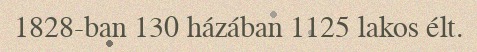
1828-ban 130 házában 1125 lakos élt.